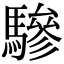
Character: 驂